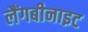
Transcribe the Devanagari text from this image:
लैंगबीनाइट